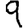
Digit: 9